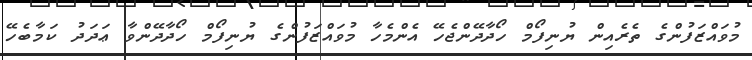
މުވައްޒަފުންގެ ތެރެއިން ޔުނިފޯމް ހޯދާދޭންޖެހޭ އެންމެހާ މުވައްޒަފުންގެ ޔުނިފޯމް ހޯދާދޭންވާ ޢަދަދު ކަމާބެހޭ